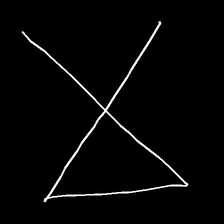
Glyph: collection